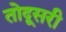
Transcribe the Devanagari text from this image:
तोदूसरी